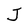
Character: J